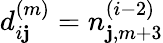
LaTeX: d_{i\mathbf{j}}^{(m)}=n_{\mathbf{j},m+3}^{(i-2)}